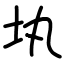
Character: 𡉕